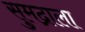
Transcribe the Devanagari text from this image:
सुमद्राला